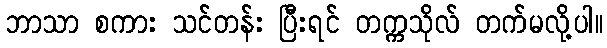
ဘာသာ စကား သင်တန်း ပြီးရင် တက္ကသိုလ် တက်မလို့ပါ။